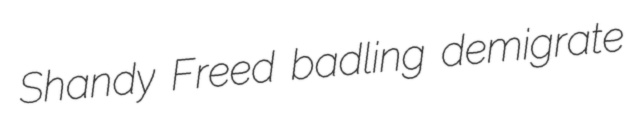
Shandy Freed badling demigrate